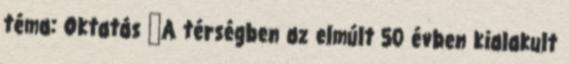
téma: Oktatás ▪A térségben az elmúlt 50 évben kialakult